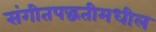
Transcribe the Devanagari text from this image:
संगीतपद्धतीमधील